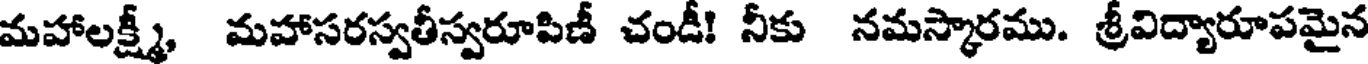
మహాలక్ష్మీ, మహాసరస్వతీస్వరూపిణీ చండీ! నీకు నమస్కారము. శ్రీవిద్యారూపమైన